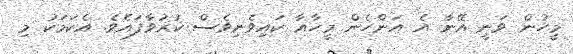
މީހުން ވަނީ އޭނާ އެ އަންހެން މީހާއާ ކައިވެނިވެސް ކުރުވާފައެވެ. އެކަމަކު މި